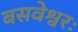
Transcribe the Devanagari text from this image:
बसवेश्वरः